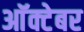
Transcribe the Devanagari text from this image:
आॅक्टेबर